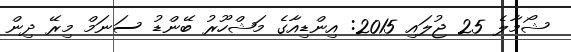
ޝޯމާލެ 25 ޖުލައި 2015: އިންޑިއާގެ މަޝްހޫރު ބޭންޑު ސަނަމް މިރޭ ދިން